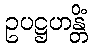
ဥပဋ္ဌဟန္တိံ